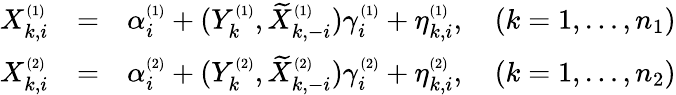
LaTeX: \begin{array}{rlr}{X_{k,i}^{\scriptscriptstyle(1)}}&{=}&{\alpha_{i}^{\scriptscriptstyle(1)}+(Y_{k}^{\scriptscriptstyle(1)},\widetilde X_{k,-i}^{\scriptscriptstyle(1)})\gamma_{i}^{\scriptscriptstyle(1)}+\eta_{k,i}^{\scriptscriptstyle(1)},\quad(k=1,\dots,n_{1})}\\ {X_{k,i}^{\scriptscriptstyle(2)}}&{=}&{\alpha_{i}^{\scriptscriptstyle(2)}+(Y_{k}^{\scriptscriptstyle(2)},\widetilde X_{k,-i}^{\scriptscriptstyle(2)})\gamma_{i}^{\scriptscriptstyle(2)}+\eta_{k,i}^{\scriptscriptstyle(2)},\quad(k=1,\dots,n_{2})}\end{array}